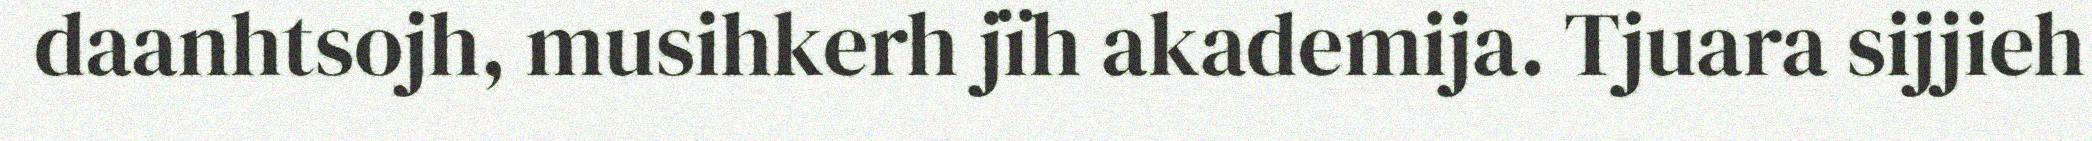
daanhtsojh, musihkerh jïh akademija. Tjuara sijjieh